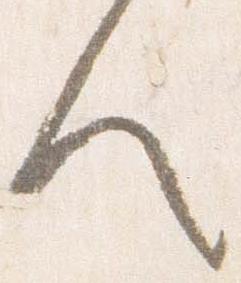
人